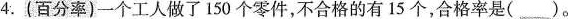
4.(百分率)一个工人做了150个零件，不合格的有15个，合格率是( )。